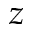
z